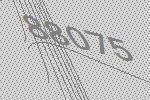
88075